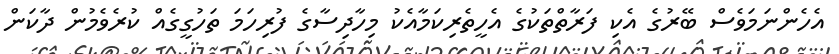
އެހެންނަމަވެސް ބޭރުގެ އެކި ފަރާތްތަކުގެ އެހީތެރިކަމާއެކު މިހާދިސާގެ ފުރިހަމަ ތަހުގީގެއް ކުރެވެމުން ދާކަން